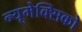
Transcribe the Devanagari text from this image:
न्यूमेक्सिको